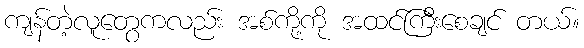
ကျန်တဲ့လူတွေကလည်း အစ်ကို့ကို အထင်ကြီးစေချင် တယ်။